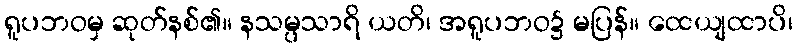
ရူပဘဝမှ ဆုတ်နစ်၏။ နသမ္ပသာရိ ယတိ၊ အရူပဘဝ၌ မပြန်။ ထေယျထာပိ၊